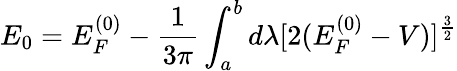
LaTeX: E_{0}=E_{F}^{(0)}-\frac{1}{3\pi}\int_{a}^{b}d\lambda[2(E_{F}^{(0)}-V)]^{\frac{3}{2}}